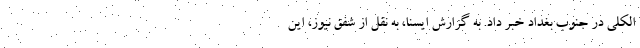
الکلی در جنوب بغداد خبر داد. به گزارش ایسنا، به نقل از شفق نیوز، این